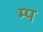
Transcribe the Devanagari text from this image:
म्प